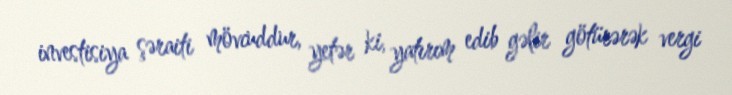
investisiya şəraiti mövcuddur, yetər ki, yatırım edib gəlir götürərək vergi